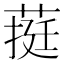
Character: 𮐄